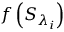
f \left( { { S } _ { { \lambda } _ { i } } } \right)